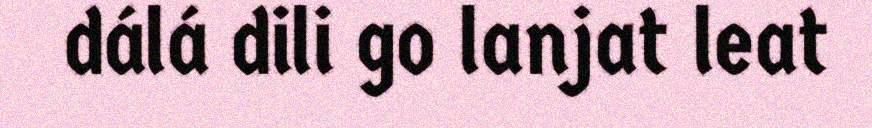
dálá dili go lanjat leat